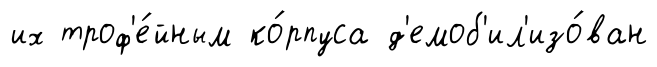
их троф'е́йным ко́рпуса д'емоб'ил'изо́ван